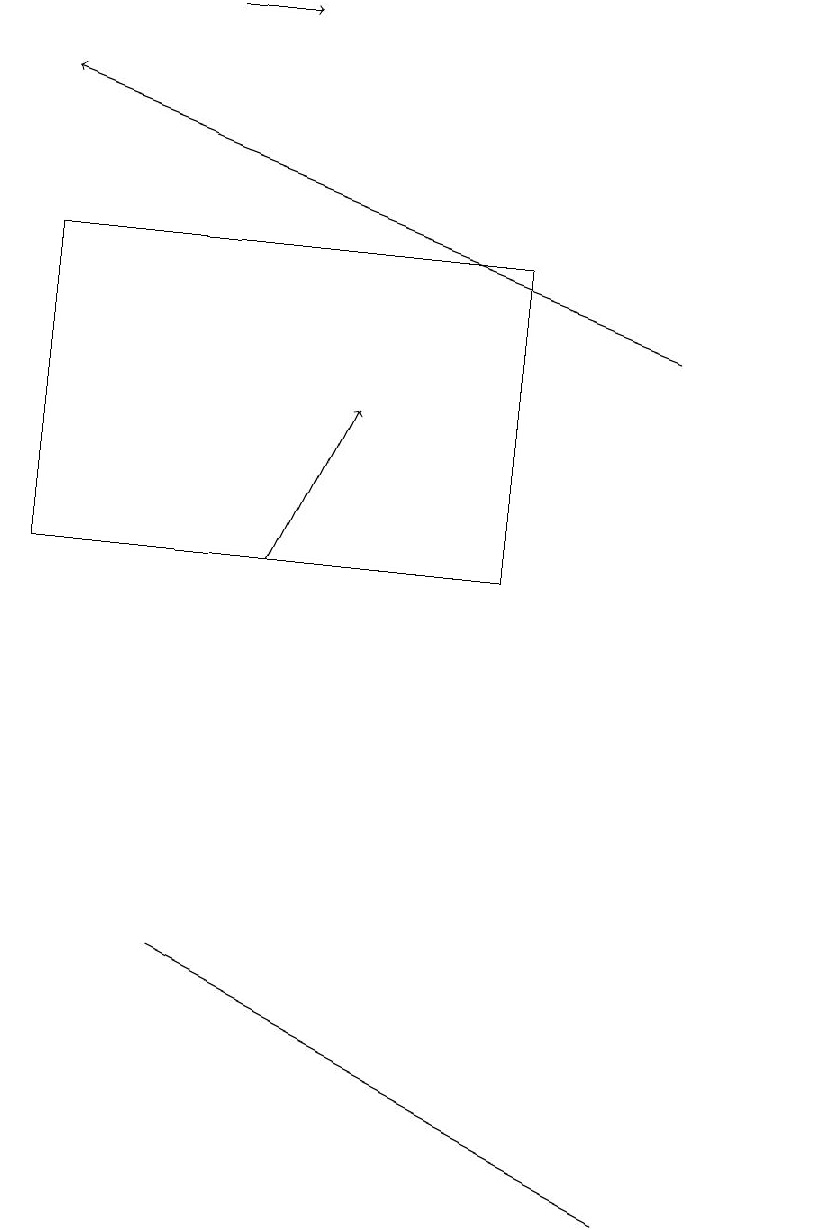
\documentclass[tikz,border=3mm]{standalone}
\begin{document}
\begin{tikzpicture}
\draw (1,10) rectangle (7,14);
\draw (11,10) circle (0);
\draw (1,12) rectangle (1,10);
\draw[->] (3,17) -- (4,17);
\draw (7,3) -- (3,5) -- (9,2) -- cycle;
\draw[->] (9,13) -- (1,16);
\draw[->] (4,10) -- (5,12);
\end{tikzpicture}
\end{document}